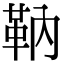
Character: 靹